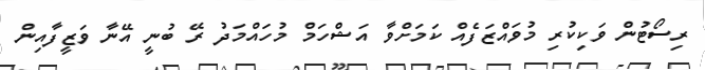
ރިސޯޓުން ވަކިކުރި މުވައްޒަފެއް ކަމަށްވާ އަޝްހަމް މުހައްމަދު ރޭ ބުނީ އޭނާ ވަޒީފާއިން